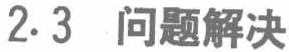
2.3 问题解决